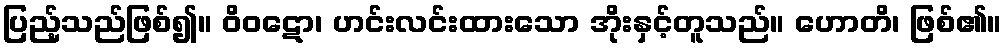
ပြည့်သည်ဖြစ်၍။ ဝိဝဋော၊ ဟင်းလင်းထားသော အိုးနှင့်တူသည်။ ဟောတိ၊ ဖြစ်၏။